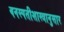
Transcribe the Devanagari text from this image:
वनस्पतीशास्त्रानुसार